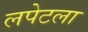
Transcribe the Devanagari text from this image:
लपेटला